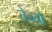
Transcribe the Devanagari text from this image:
तेन्यो